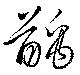
齲